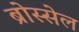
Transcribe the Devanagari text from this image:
ब्रोस्सेल